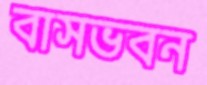
বাসভবন